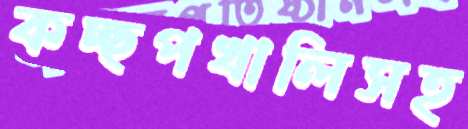
কচ্ছপখালিসহ